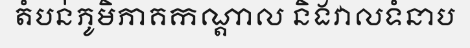
តំបន់ភូមិភាគកណ្តាល និងវាលទំនាប